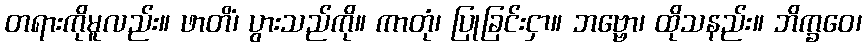
တရားကိုမူလည်း။ ဖာတိံ၊ ပွားသည်ကို။ ကာတုံ၊ ပြုခြင်းငှာ။ ဘဗ္ဗော၊ ထိုသနည်း။ ဘိက္ခဝေ၊